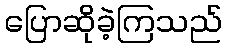
ပြောဆိုခဲ့ကြသည်